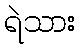
ရဲသား